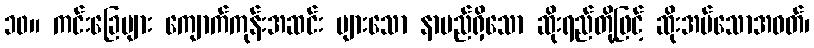
၁၀။ ကင်းခြေများ ကျောက်ကုန်းအဆင်း များသော နာမည်ရှိသော ဆိုးရည်တို့ဖြင့် ဆိုးအပ်သောအဝတ်၊